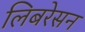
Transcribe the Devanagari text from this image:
लिबरेसन